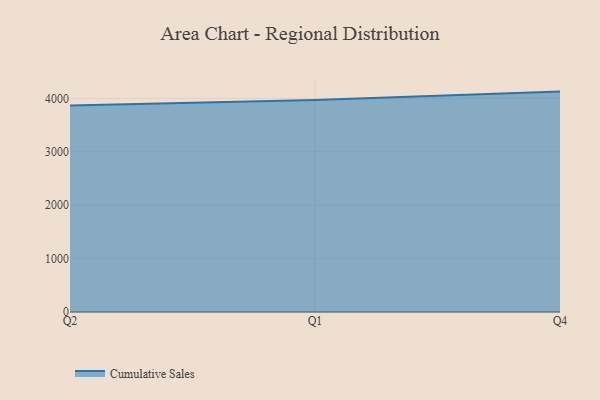
{"axis": {"x": "Quarter", "y": "LTV (USD)"}, "legend": ["Cumulative Sales"], "data": [{"x": "Q2", "y": 3863.5, "type": "Cumulative Sales"}, {"x": "Q1", "y": 3967.2, "type": "Cumulative Sales"}, {"x": "Q4", "y": 4125.8, "type": "Cumulative Sales"}]}